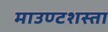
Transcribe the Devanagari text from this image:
माउण्टशस्ता